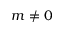
m \ne 0